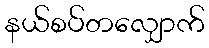
နယ်စပ်တလျှောက်